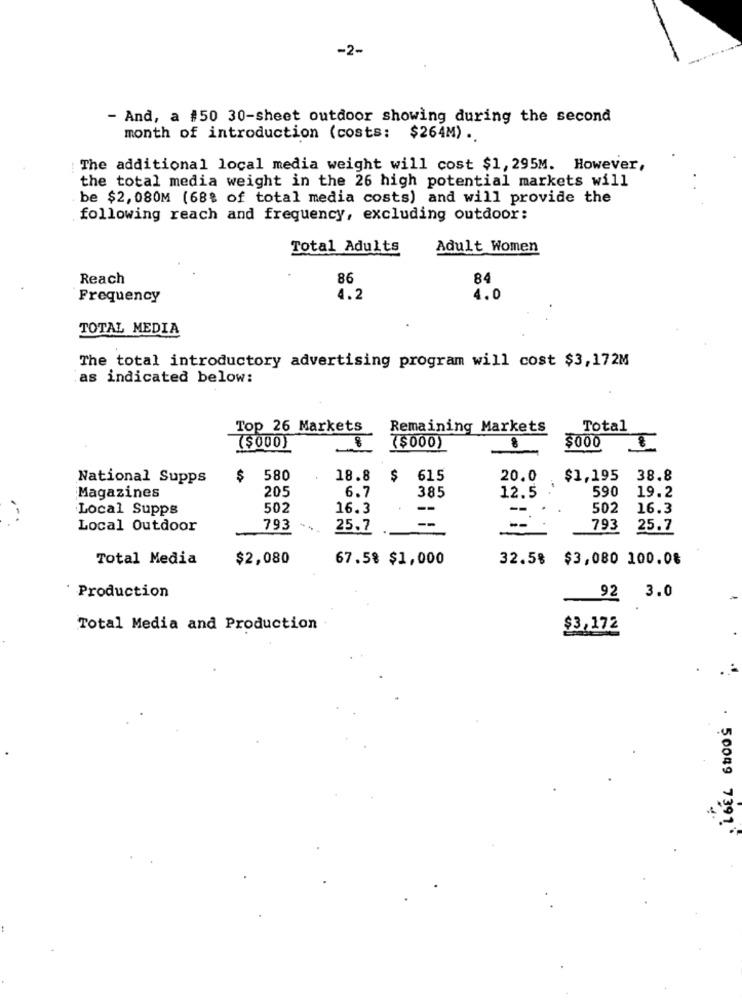
-2-
- And, a #50 30-sheet outdoor showing during the second
month of introduction (costs: $264M) .
The additional local media weight will cost $1, 295M. However,
the total media weight in the 26 high potential markets will
be $2,080M (68% of total media costs) and will provide the
following reach and frequency, excluding outdoor:
Total Adults
Adult Women
Reach
86
84
Frequency
4.2
4.0
TOTAL MEDIA
The total introductory advertising program will cost $3,172M
as indicated below:
Top 26 Markets
Remaining Markets
Total
OP
$000
($000}
($000)
National Supps
$
580
18.8
$
615
20.0
$1,195
38.8
205
12.5
590
19.2
Magazines
6.7
385
Local Supps
502
16.3
--
502
16.3
Local Outdoor
793
25.7
793
25.7
Total Media
$2,080
67.5% $1,000
32.5% $3,080 100.08
Production
92 3.0
Total Media and Production
$3,172
50049 7391.